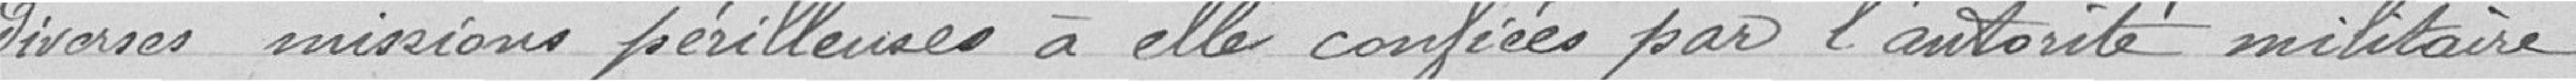
diverses missions périlleuses à elle confiées par l'autorité militaire.